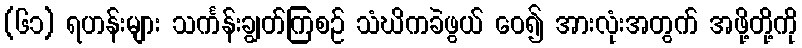
(၆၁) ရဟန်းများ သင်္ကန်းချွတ်ကြစဉ် သံဃိကခဲဖွယ် ဝေ၍ အားလုံးအတွက် အဖို့တို့ကို